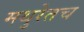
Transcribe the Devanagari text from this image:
मथुरेतच